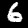
Digit: 6